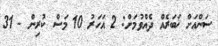
ސަންއަށް ޚަބަރެއް ދެއްވުމަށް: 2 އަހަރު 10 މަސް ކުރިން - 31